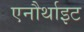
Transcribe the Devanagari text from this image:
एनौर्थाइट